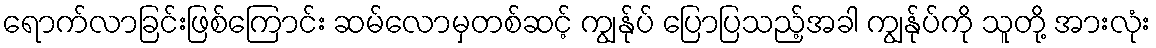
ရောက်လာခြင်းဖြစ်ကြောင်း ဆမ်လောမှတစ်ဆင့် ကျွန်ုပ် ပြောပြသည့်အခါ ကျွန်ုပ်ကို သူတို့ အားလုံး